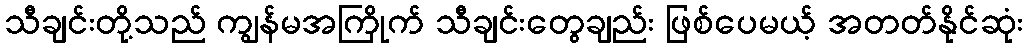
သီချင်းတို့သည် ကျွန်မအကြိုက် သီချင်းတွေချည်း ဖြစ်ပေမယ့် အတတ်နိုင်ဆုံး